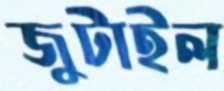
জুটাইল